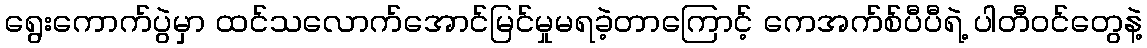
ရွေးကောက်ပွဲမှာ ထင်သလောက်အောင်မြင်မှုမရခဲ့တာကြောင့် ကေအက်စ်ပီပီရဲ့ ပါတီဝင်တွေနဲ့